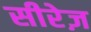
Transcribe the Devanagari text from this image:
सीरेज़